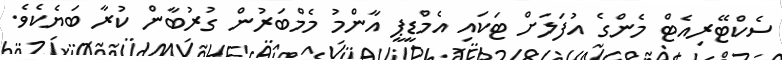
ސެކްޓޭރިއެޓް މެންގެ އުފަލަށް ޓަކައި އެމްޑީޕީ އާންމު މެމްބަރުން ގުރުބާން ކުރާ ބަޔެކެވެ.